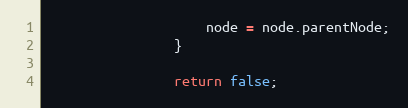
Language: JavaScript
			        node = node.parentNode;
			    }

			    return false;